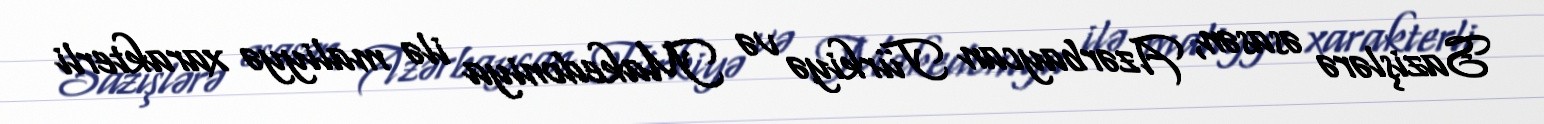
Sazişlərə əsasən, Azərbaycan Türkiyə və Makedoniya ilə maliyyə xarakterli